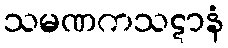
သမဏကသဋာနံ